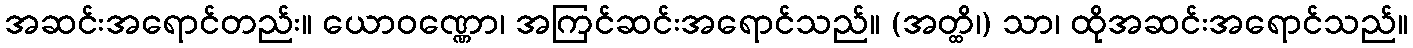
အဆင်းအရောင်တည်း။ ယောဝဏ္ဏော၊ အကြင်ဆင်းအရောင်သည်။ (အတ္ထိ၊) သာ၊ ထိုအဆင်းအရောင်သည်။